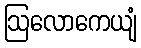
ဩလောကေယျံ